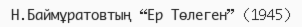
Н.Баймұратовтың “Ер Төлеген” (1945)